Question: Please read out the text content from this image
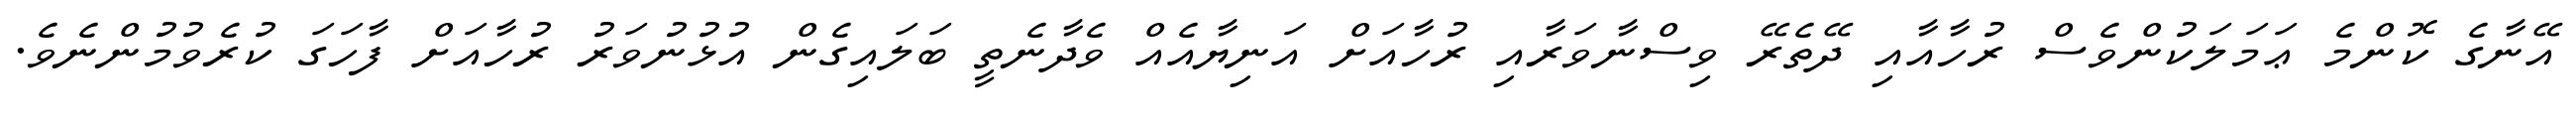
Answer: އޭނާގެ ކޮންމެ ޢަމަލަކުންވެސް ރުހާއާއި ދޭތެރޭ ވިސްނާވަރާއި ރުހާއަށް އަނިޔާއެއް ވެދާނެތީ ބަލައިގެން އުޅުނުވަރު ރުހާއަށް ފާހަގަ ކުރެވުމުންނެވެ.